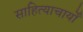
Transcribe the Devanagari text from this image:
साहित्याचार्यों